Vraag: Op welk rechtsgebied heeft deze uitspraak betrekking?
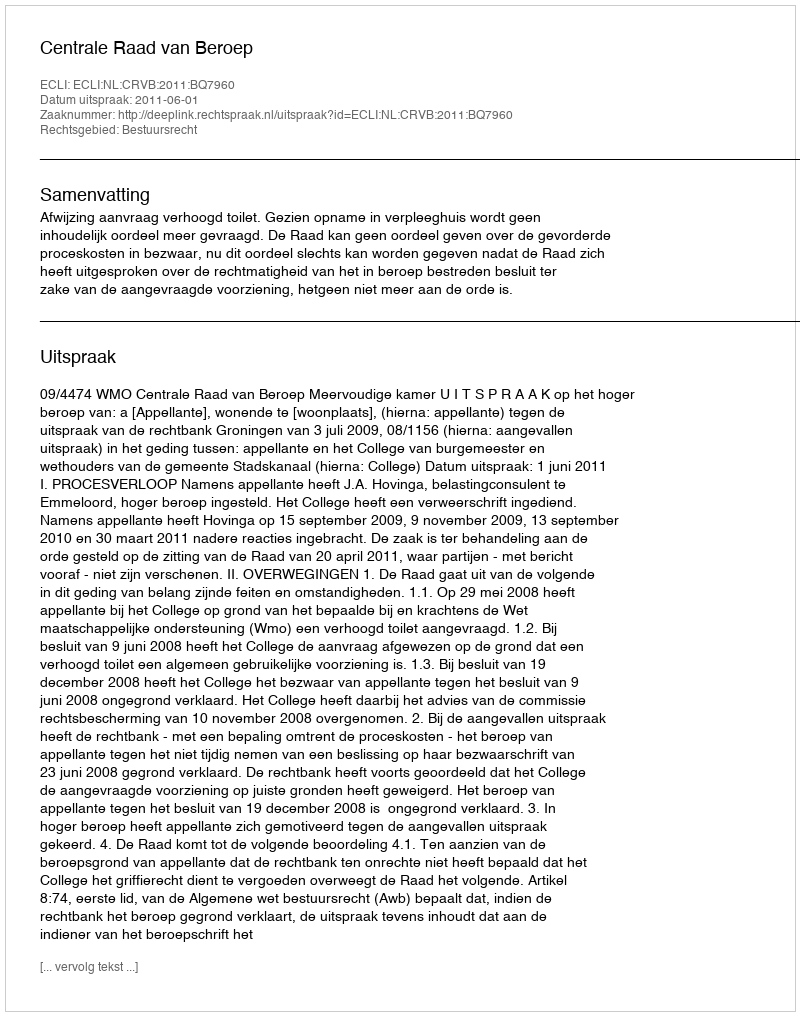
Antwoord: Bestuursrecht